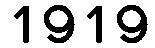
1919